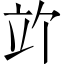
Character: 𫁞